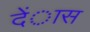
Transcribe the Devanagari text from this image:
देंास